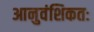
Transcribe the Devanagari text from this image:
आनुवंशिकतः